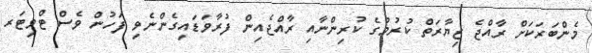
މެންބަރަކަށް ރާއްޖެ ޒިޔާރަތް ކުރުމުގެ ކުރިންނާއި ރާއްޖެއިން ފުރާވަޑައިގެންނެވި ފަހުން ވެސް ޓްވިޓަރ